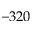
- 3 2 0